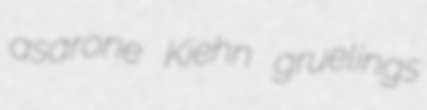
asarone Kiehn gruelings